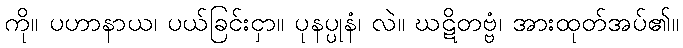
ကို။ ပဟာနာယ၊ ပယ်ခြင်းငှာ။ ပုနပ္ပုနံ၊ လဲ။ ဃဋိတဗ္ဗံ၊ အားထုတ်အပ်၏။